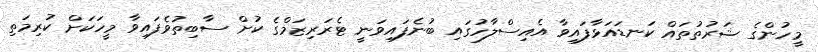
މީހުންގެ ޝަރުތުތައް ކަނޑައަޅާފައިވާ އެއިސްލާހުގައި ބުނެފައިވަނީ ޓެރަރިޒަމްގެ ކުށް ސާބިތުވެފައިވާ މީހަކަށް ކުރިމަތި